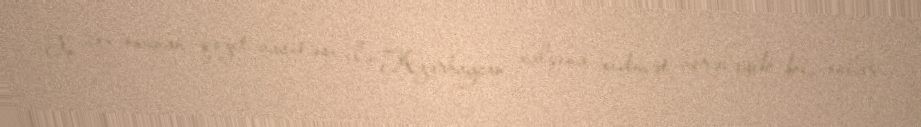
Ən çox oxunan qəzet vasitəsi ilə Azərbaycan xalqına xidmət verəcəyik ki, onlar